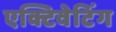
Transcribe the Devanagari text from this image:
एक्टिवेटिंग